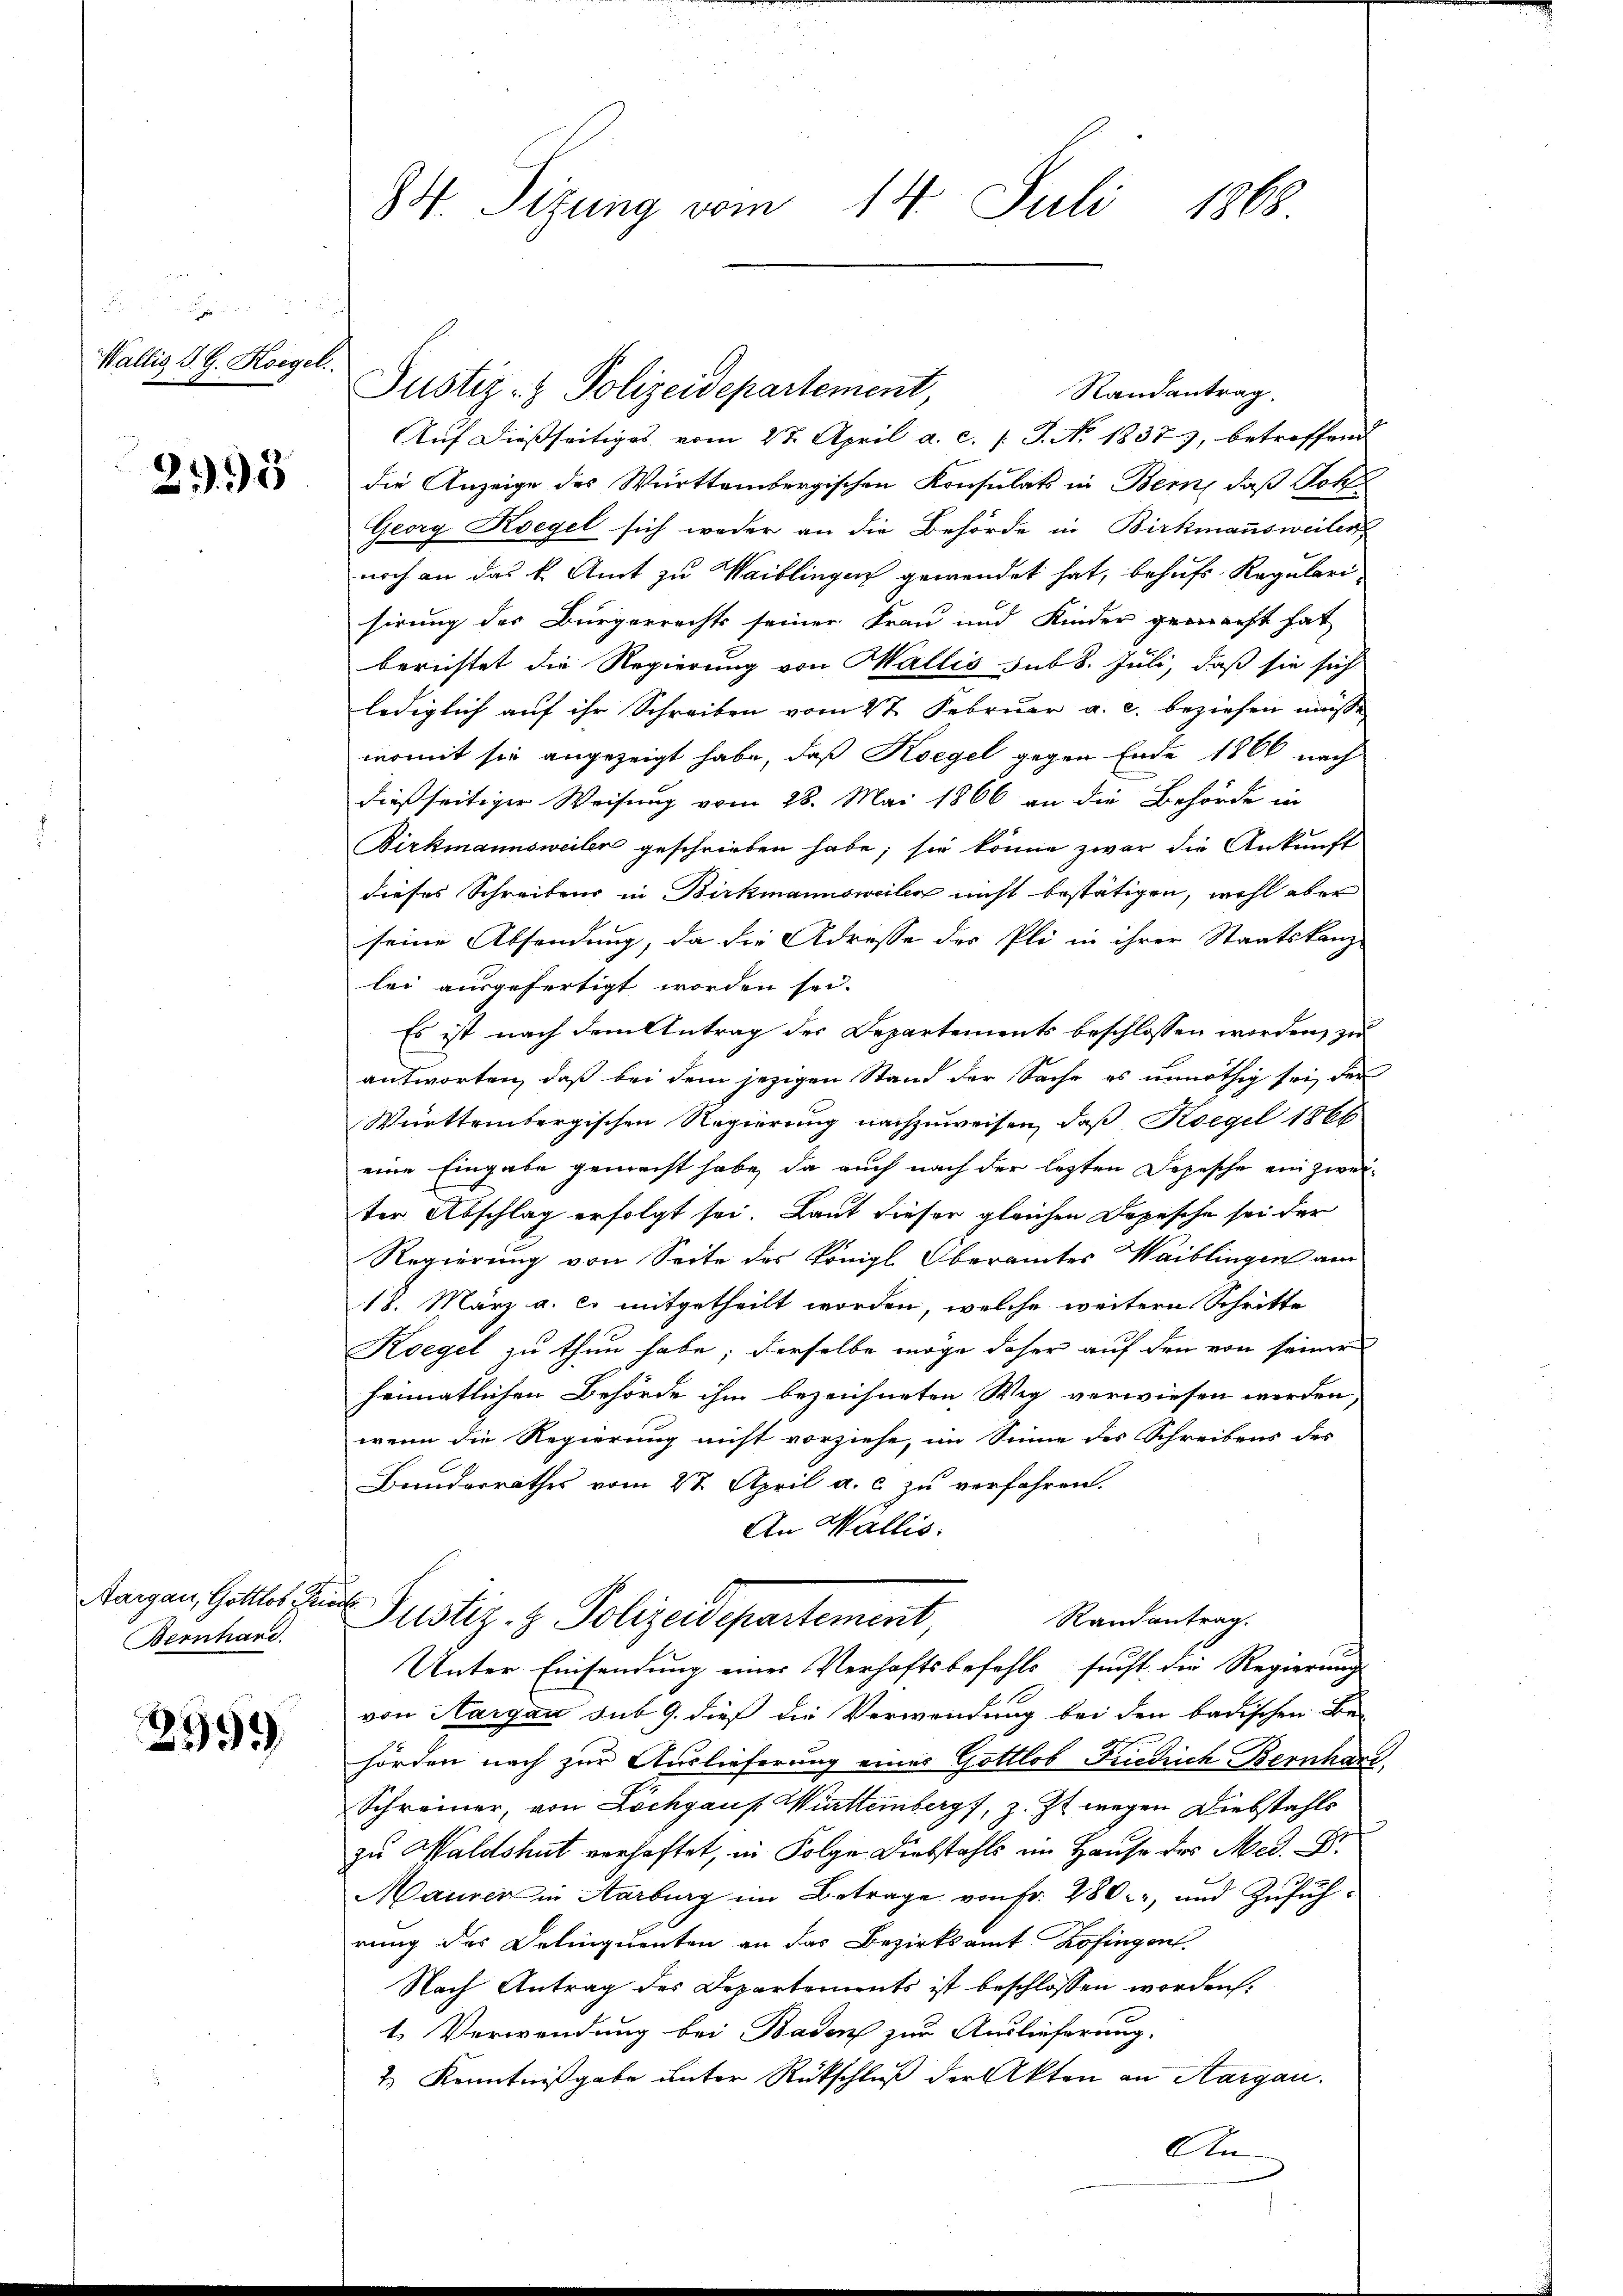
3 das

Wallis S. G. Roegel.

2995

Aargau, Gottlob Friede
Bernhard.

2999

84. Sizung vom 14. Juli 1868

Randantrag.
Auf dießseitiges vom 27. April a. c. l. J. No. 1837), betreffend
die Anzeige des Württembergischen Konsulats in Bern, daß Got
Georg Kegel sich weder an die Behörde in Birkmannsweiler
noch an das k. Amt zu Waiblingen gewendet hat, behufs Regularisirung des Bürgerrechts seiner Frau und Kinder gemacht hat
berichtet die Regierung von Wallis sub 8. Juli, daß sie sich
lediglich auf ihr Schreiben vom 27. Februar a. c. beziehen müsse
womit sie angezeigt habe, daß Koegel gegen Ende 1866 nach
dießseitiger Weisung vom 28. Mai 1866 an die Behörde in
Birkmannsweiler geschrieben habe; sie könne zwar die Ankunft
dieses Schreibens in Birkmannsweilen nicht bestätigen, wohl aber
seine Absendung, da die Adresse der Pli in ihrer Staatskanz-
lei ausgefertigt worden sei.
Es ist nach dem Antrag der Departements beschlossen worden, zu
antworten, daß bei dem jezigen Stand der Sache es unnöthig sei, der
Württembergischen Regierung nachzuweisen, daß Koegel 1866
eine Eingabe gemacht habe, da auch nach der lezten Depesche ein zweiter Abschlag erfolgt sei. Laut dieser gleichen Depesche sei der
Regierung von Seite des Königl. Oberamtes Waiblingen am
18. März a. c. mitgetheilt worden, welche weitern Schritte
Koegel zu thun habe; derselbe möge daher auf den von seiner
heimatlichen Behörde ihm bezeichneten Weg verwiesen werden
wenn die Regierung nicht vorziehe, im Sinne des Schreibens des
Bunderrathes vom 27. April a. c. zu verfahren.
An Wallis.
Justiz- & Polizeidepartement Randantrag.
Unter Einsendung einer Verhaftsbefehls sucht, die Regierung
von Aargau sub 9. dieß die Verwendung bei den badischen Be-
hörden nach zur Auslieferung einer Gottlob Friedrich Bernhard,
Schreiner, von Löchgaus Württemberg, z. Zt. wegen Diebstahls
zu Waldshut verhaftet, in Folge Diebstahls im Hause des Med. D.
Maurer in Aarburg im Betrage von fr. 280, und Zuführung des Delinquenten an das Bezirksamt Zofingen.
Nach Antrag des Departements ist beschlossen worden.
1. Verwendung bei Baden zur Auslieferung.
2.) Kenntnißgabe unter Rückschluß der Akten an Aargau.
An

Justiz- & Polizeidepartement,